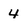
Character: 4